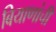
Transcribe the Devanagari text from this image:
बियाणांची